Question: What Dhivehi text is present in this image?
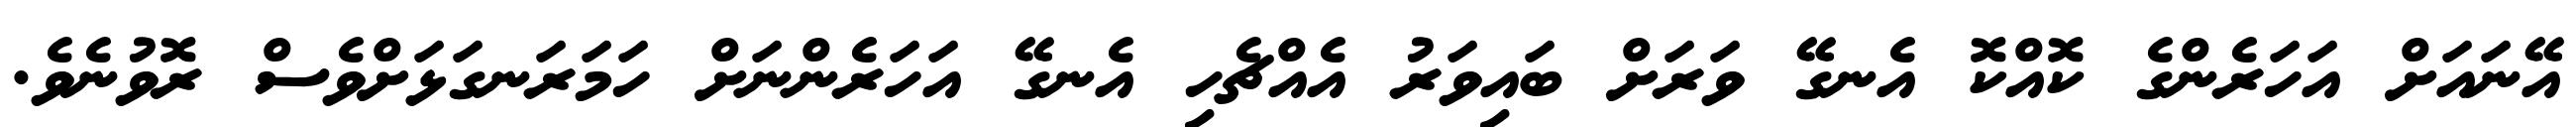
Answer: އޭނައަށް އަހަރެންގެ ކޮއްކޮ އެނގޭ ވަރަށް ބައިވަރު އެއްޗެހި އެނގޭ އަހަރެންނަށް ހަމަރަނގަޅަށްވެސް ރޮވުނެވެ.